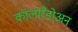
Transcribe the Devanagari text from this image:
कॉलोरैडोअन